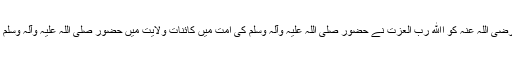
حضور سیدنا غوث الاعظم رضی اللہ عنہ کو اﷲ رب العزت نے حضور صلی اللہ علیہ وآلہ وسلم کی اُمت میں کائناتِ ولایت میں حضور صلی اللہ علیہ وآلہ وسلم کی سب سے بڑی شان بنایا۔